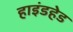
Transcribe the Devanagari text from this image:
हाइंडहेड